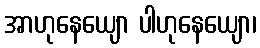
အာဟုနေယျော ပါဟုနေယျော၊